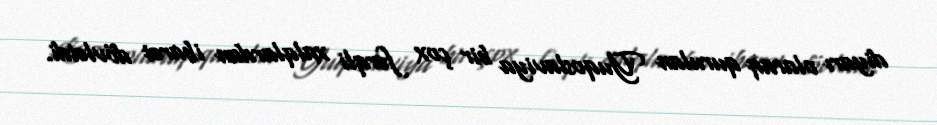
diyarı olaraq qurulan Yuqoslaviya bir çox fərqli xalqlardan ibarət dövlətdi.